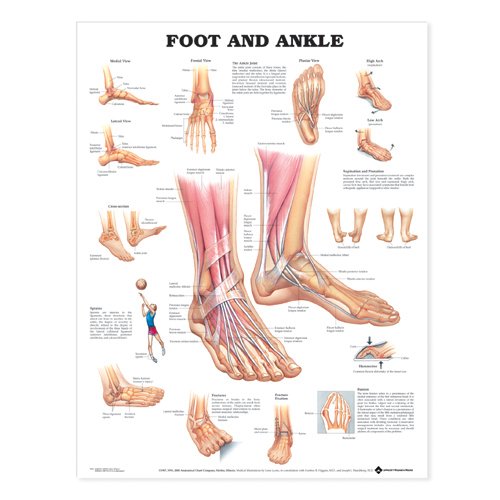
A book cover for Foot and Ankle Anatomical Chart; Anatomical Chart Company; Medical Books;